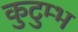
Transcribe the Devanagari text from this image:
कुटुम्भ